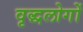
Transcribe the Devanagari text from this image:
वृद्धलोगों